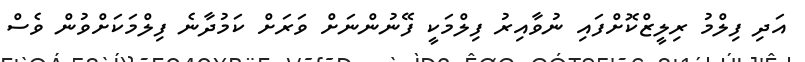
އަދި ފިލްމު ރިލީޒްކޮށްފައި ނުވާއިރު ފިލްމަކީ ފޭނުންނަށް ވަރަށް ކަމުދާނެ ފިލްމަކަށްވުން ވެސް